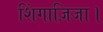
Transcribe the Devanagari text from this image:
शिंगाज़िजा।